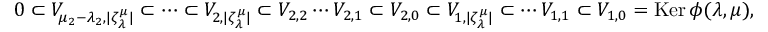
0 \subset V _ { \mu _ { 2 } - \lambda _ { 2 } , | \zeta _ { \lambda } ^ { \mu } | } \subset \cdots \subset V _ { 2 , | \zeta _ { \lambda } ^ { \mu } | } \subset V _ { 2 , 2 } \cdots V _ { 2 , 1 } \subset V _ { 2 , 0 } \subset V _ { 1 , | \zeta _ { \lambda } ^ { \mu } | } \subset \cdots V _ { 1 , 1 } \subset V _ { 1 , 0 } = \operatorname { K e r } \phi ( \lambda , \mu ) ,